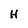
Character: H